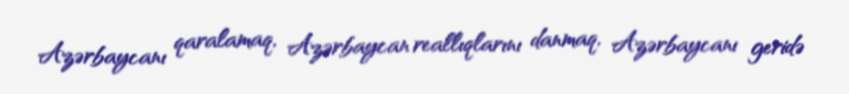
Azərbaycanı qaralamaq, Azərbaycan reallıqlarını danmaq, Azərbaycanı geridə